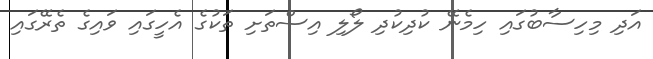
އަދި މިހިސާބުގައި ހިމެނޭ ކުދިކުދި ލޯލި އިސްތަށި ތަކުގެ އެހީގައި ވައިގެ ތެރޭގައި